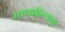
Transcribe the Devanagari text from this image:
रक्तवाहिन्यांना